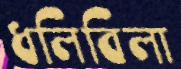
ধলিবিলা